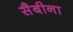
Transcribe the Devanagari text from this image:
सैबीना